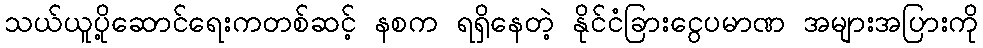
သယ်ယူပို့ဆောင်ရေးကတစ်ဆင့် နစက ရရှိနေတဲ့ နိုင်ငံခြားငွေပမာဏ အများအပြားကို